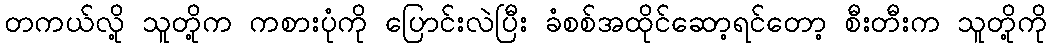
တကယ်လို့ သူတို့က ကစားပုံကို ပြောင်းလဲပြီး ခံစစ်အထိုင်ဆော့ရင်တော့ စီးတီးက သူတို့ကို